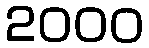
2000